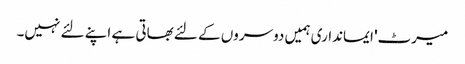
میرٹ' ایمانداری ہمیں دوسروں کے لئے بھاتی ہے اپنے لئے نہیں۔